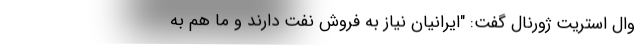
وال استریت ژورنال گفت: "ایرانیان نیاز به فروش نفت دارند و ما هم به